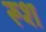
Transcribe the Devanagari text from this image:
रूश